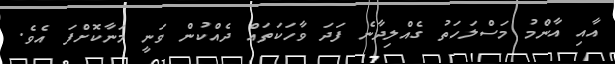
އާއި އާންމު މަސްލަހަތު ގެއްލިދާނެ ފަދަ ވާހަކަތައް ދެއްކުން ވަނީ މަނާކޮށްފަ އެވެ.